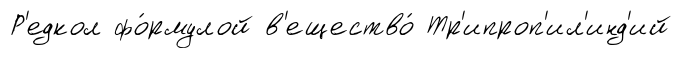
Р'едкол фо́рмулой в'ещество́ Тр'ипроп'ил'инд'ий